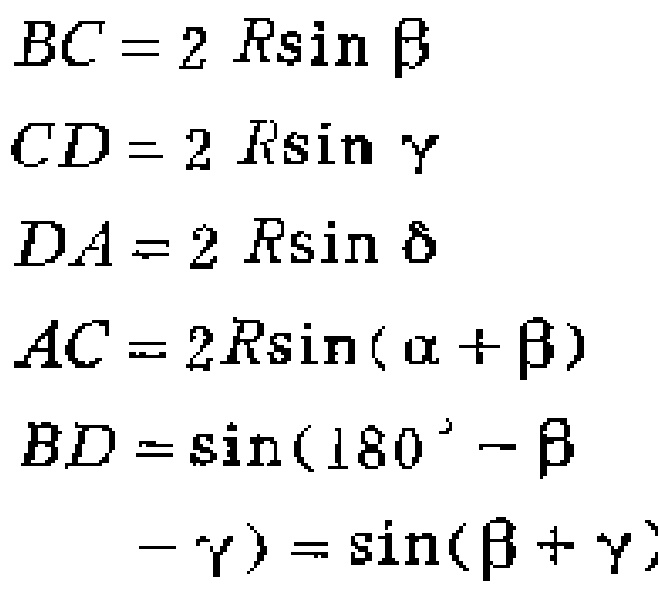
\[

\begin{align*}

BC&=2R\sin\beta\\

CD&=2R\sin\gamma\\

DA&=2R\sin\delta\\

AC&=2R\sin(\alpha + \beta)\\

BD&=\sin(180^{\circ}-\beta - \gamma)=\sin(\beta + \gamma)

\end{align*}

\]